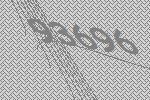
93696